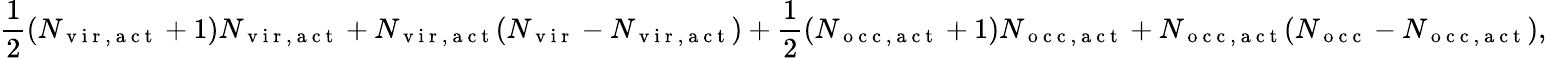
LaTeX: \frac{1}{2}(N_{\mathrm{~v~i~r~,~a~c~t~}}+1)N_{\mathrm{~v~i~r~,~a~c~t~}}+N_{\mathrm{~v~i~r~,~a~c~t~}}(N_{\mathrm{~v~i~r~}}-N_{\mathrm{~v~i~r~,~a~c~t~}})+\frac{1}{2}(N_{\mathrm{~o~c~c~,~a~c~t~}}+1)N_{\mathrm{~o~c~c~,~a~c~t~}}+N_{\mathrm{~o~c~c~,~a~c~t~}}(N_{\mathrm{~o~c~c~}}-N_{\mathrm{~o~c~c~,~a~c~t~}}),